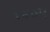
૧૪૦૫